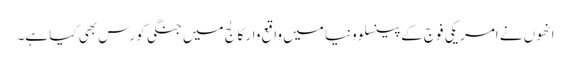
انھوں نے امریکی فوج کے پینسلوونیا میں واقع وار کالج میں جنگی کورس بھی کیا ہے۔